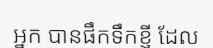
អ្នក បានផឹកទឹកខ្ញី ដែល